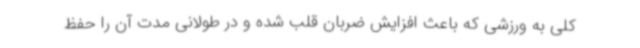
کلی به ورزشی که باعث افزایش ضربان قلب شده و در طولانی مدت آن‌ را حفظ